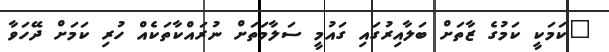
"ކަމަކީ ކަމުގެ ޒާތަށް ބަލާއިރުގައި ގައުމީ ސަލާމަތަށް ނުރައްކާތަކެއް ހުރި ކަމަށް ދޭހަވާ